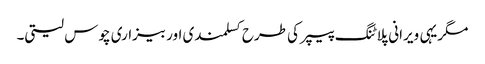
مگریہی ویرانی پلاٹنگ پیپر کی طرح کسلمندی اور بیزاری چوس لیتی۔